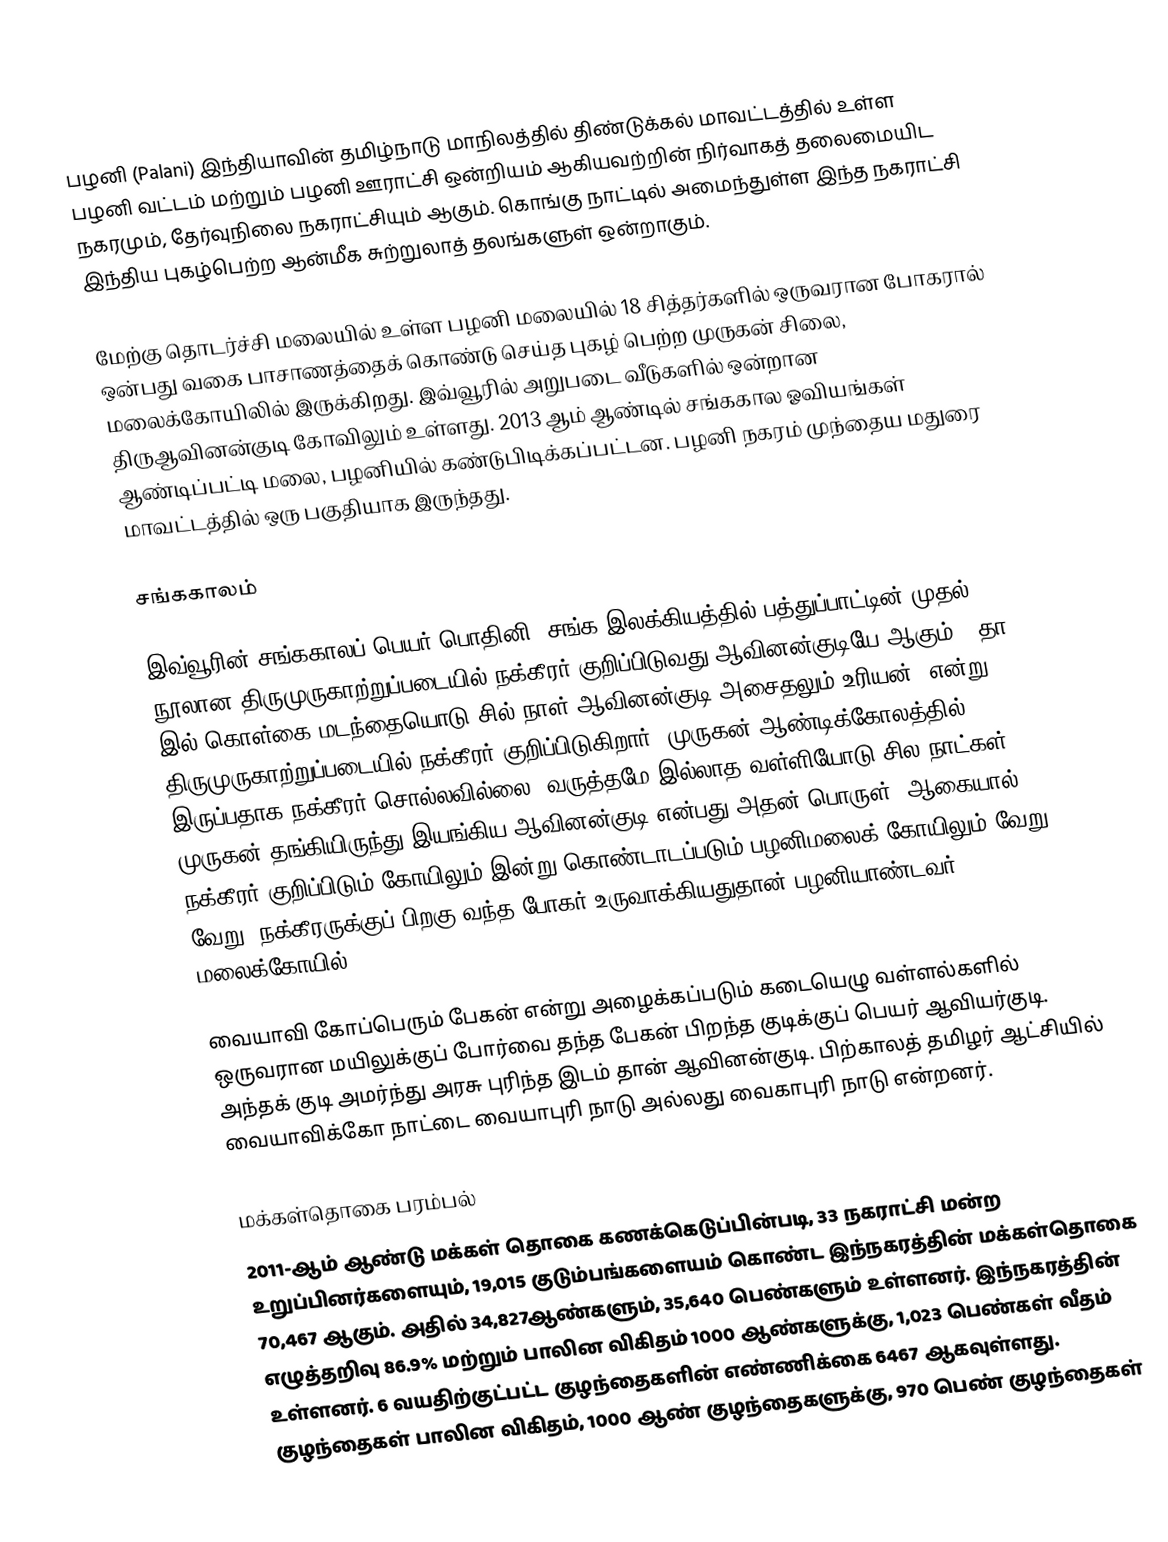
பழனி (Palani) இந்தியாவின் தமிழ்நாடு மாநிலத்தில் திண்டுக்கல் மாவட்டத்தில் உள்ள பழனி வட்டம் மற்றும் பழனி ஊராட்சி ஒன்றியம் ஆகியவற்றின் நிர்வாகத் தலைமையிட நகரமும், தேர்வுநிலை நகராட்சியும் ஆகும். கொங்கு நாட்டில் அமைந்துள்ள இந்த நகராட்சி இந்திய புகழ்பெற்ற ஆன்மீக சுற்றுலாத் தலங்களுள் ஒன்றாகும்.

மேற்கு தொடர்ச்சி மலையில் உள்ள பழனி மலையில் 18 சித்தர்களில் ஒருவரான போகரால் ஒன்பது வகை பாசாணத்தைக் கொண்டு  செய்த புகழ் பெற்ற முருகன் சிலை, மலைக்கோயிலில்  இருக்கிறது. இவ்வூரில் அறுபடை வீடுகளில் ஒன்றான  திருஆவினன்குடி கோவிலும் உள்ளது. 2013 ஆம் ஆண்டில் சங்ககால ஓவியங்கள் ஆண்டிப்பட்டி மலை, பழனியில் கண்டுபிடிக்கப்பட்டன. பழனி நகரம் முந்தைய மதுரை மாவட்டத்தில்  ஒரு பகுதியாக இருந்தது.

சங்ககாலம்

இவ்வூரின் சங்ககாலப் பெயர் பொதினி. சங்க இலக்கியத்தில் பத்துப்பாட்டின் முதல் நூலான திருமுருகாற்றுப்படையில் நக்கீரர் குறிப்பிடுவது ஆவினன்குடியே ஆகும். "தா இல் கொள்கை மடந்தையொடு சில் நாள் ஆவினன்குடி அசைதலும் உரியன்" என்று திருமுருகாற்றுப்படையில் நக்கீரர் குறிப்பிடுகிறார். முருகன் ஆண்டிக்கோலத்தில் இருப்பதாக நக்கீரர் சொல்லவில்லை. வருத்தமே இல்லாத வள்ளியோடு சில நாட்கள் முருகன் தங்கியிருந்து இயங்கிய ஆவினன்குடி என்பது அதன் பொருள். ஆகையால் நக்கீரர் குறிப்பிடும் கோயிலும் இன்று கொண்டாடப்படும் பழனிமலைக் கோயிலும் வேறு வேறு. நக்கீரருக்குப் பிறகு வந்த போகர் உருவாக்கியதுதான் பழனியாண்டவர் மலைக்கோயில்.

வையாவி கோப்பெரும் பேகன் என்று அழைக்கப்படும் கடையெழு வள்ளல்களில் ஒருவரான மயிலுக்குப் போர்வை தந்த பேகன் பிறந்த குடிக்குப் பெயர் ஆவியர்குடி. அந்தக் குடி அமர்ந்து அரசு புரிந்த இடம் தான் ஆவினன்குடி. பிற்காலத் தமிழர் ஆட்சியில் வையாவிக்கோ நாட்டை வையாபுரி நாடு அல்லது வைகாபுரி நாடு என்றனர்.

மக்கள்தொகை பரம்பல்
2011-ஆம் ஆண்டு மக்கள் தொகை கணக்கெடுப்பின்படி, 33 நகராட்சி மன்ற உறுப்பினர்களையும், 19,015 குடும்பங்களையம் கொண்ட இந்நகரத்தின் மக்கள்தொகை 70,467 ஆகும். அதில் 34,827ஆண்களும், 35,640 பெண்களும் உள்ளனர்.   இந்நகரத்தின் எழுத்தறிவு 86.9% மற்றும் பாலின விகிதம் 1000 ஆண்களுக்கு, 1,023 பெண்கள் வீதம் உள்ளனர். 6 வயதிற்குட்பட்ட குழந்தைகளின் எண்ணிக்கை 6467 ஆகவுள்ளது. குழந்தைகள் பாலின விகிதம், 1000 ஆண் குழந்தைகளுக்கு, 970 பெண் குழந்தைகள்